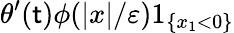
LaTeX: \theta^{\prime}(\mathsf{t})\phi(|x|/\varepsilon)1_{\{ x_{1}<0\} }